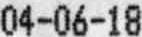
04-06-18